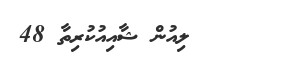
ލިއުން ޝާއިއުކުރިތާ 48